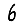
Digit: 6